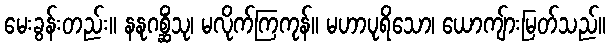
မေးခွန်းတည်း။ နနုဂစ္ဆိံသု၊ မလိုက်ကြကုန်။ မဟာပုရိသော၊ ယောကျ်ားမြတ်သည်။